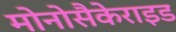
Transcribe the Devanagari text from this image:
मोनोसैकेराइड